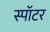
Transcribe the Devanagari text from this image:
स्पॉटर